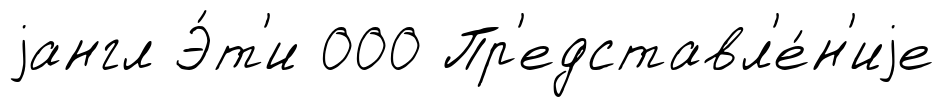
jангл Э́т'и 000 Пр'едставл'е́н'иjе